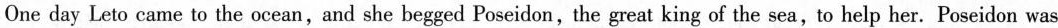
One day Leto came to the ocean,and she begged Poseidon,the great king of the sea,to help her. Poseidon was